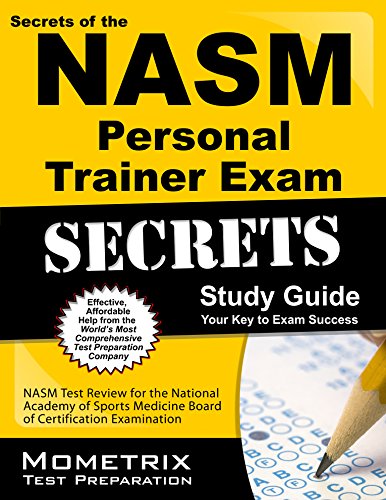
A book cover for Secrets of the NASM Personal Trainer Exam Study Guide: NASM Test Review for the National Academy of Sports Medicine Board of Certification Examination (Mometrix Test Preparation); NASM Exam Secrets Test Prep Team; Test Preparation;